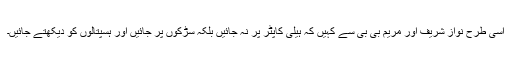
اسی طرح نواز شریف اور مریم بی بی سے کہیں کہ ہیلی کاپٹر پر نہ جائیں بلکہ سڑکوں پر جائیں اور ہسپتالوں کو دیکھتے جائیں۔